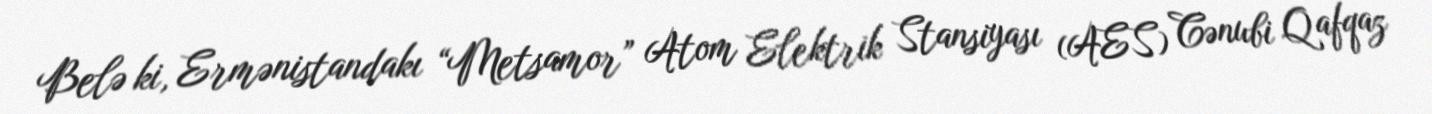
Belə ki, Ermənistandakı “Metsamor” Atom Elektrik Stansiyası (AES) Cənubi Qafqaz